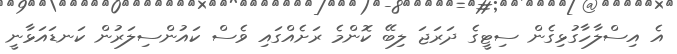
އެ އިސްލާހާގުޅިގެން ސިޓީގެ ދަރަޖަ ލިބޭ ކޮންމެ ރަށެއްގައި ވެސް ކައުންސިލަރުން ކަނޑައަޅާނީ